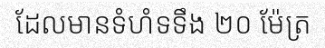
ដែលមានទំហំទទឹង ២០ ម៉ែត្រ